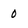
Character: 0